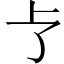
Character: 𪟽